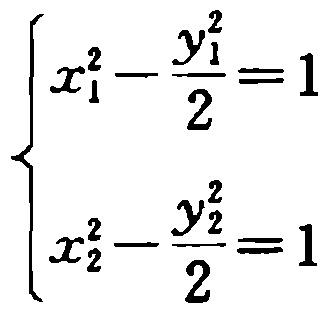
\[\begin{cases}

x_{1}^{2}-\frac{y_{1}^{2}}{2}=1 \\

x_{2}^{2}-\frac{y_{2}^{2}}{2}=1

\end{cases}\]